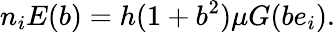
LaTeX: n_{i}E(b)=h(1+b^{2})\mu G(be_{i}).